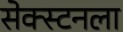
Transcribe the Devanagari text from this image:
सेक्स्टनला